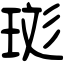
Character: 珳